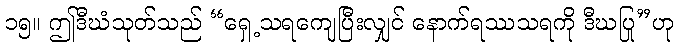
၁၅။ ဤဒီဃံသုတ်သည် “ရှေ့သရကျေပြီးလျှင် နောက်ရဿသရကို ဒီဃပြု”ဟု